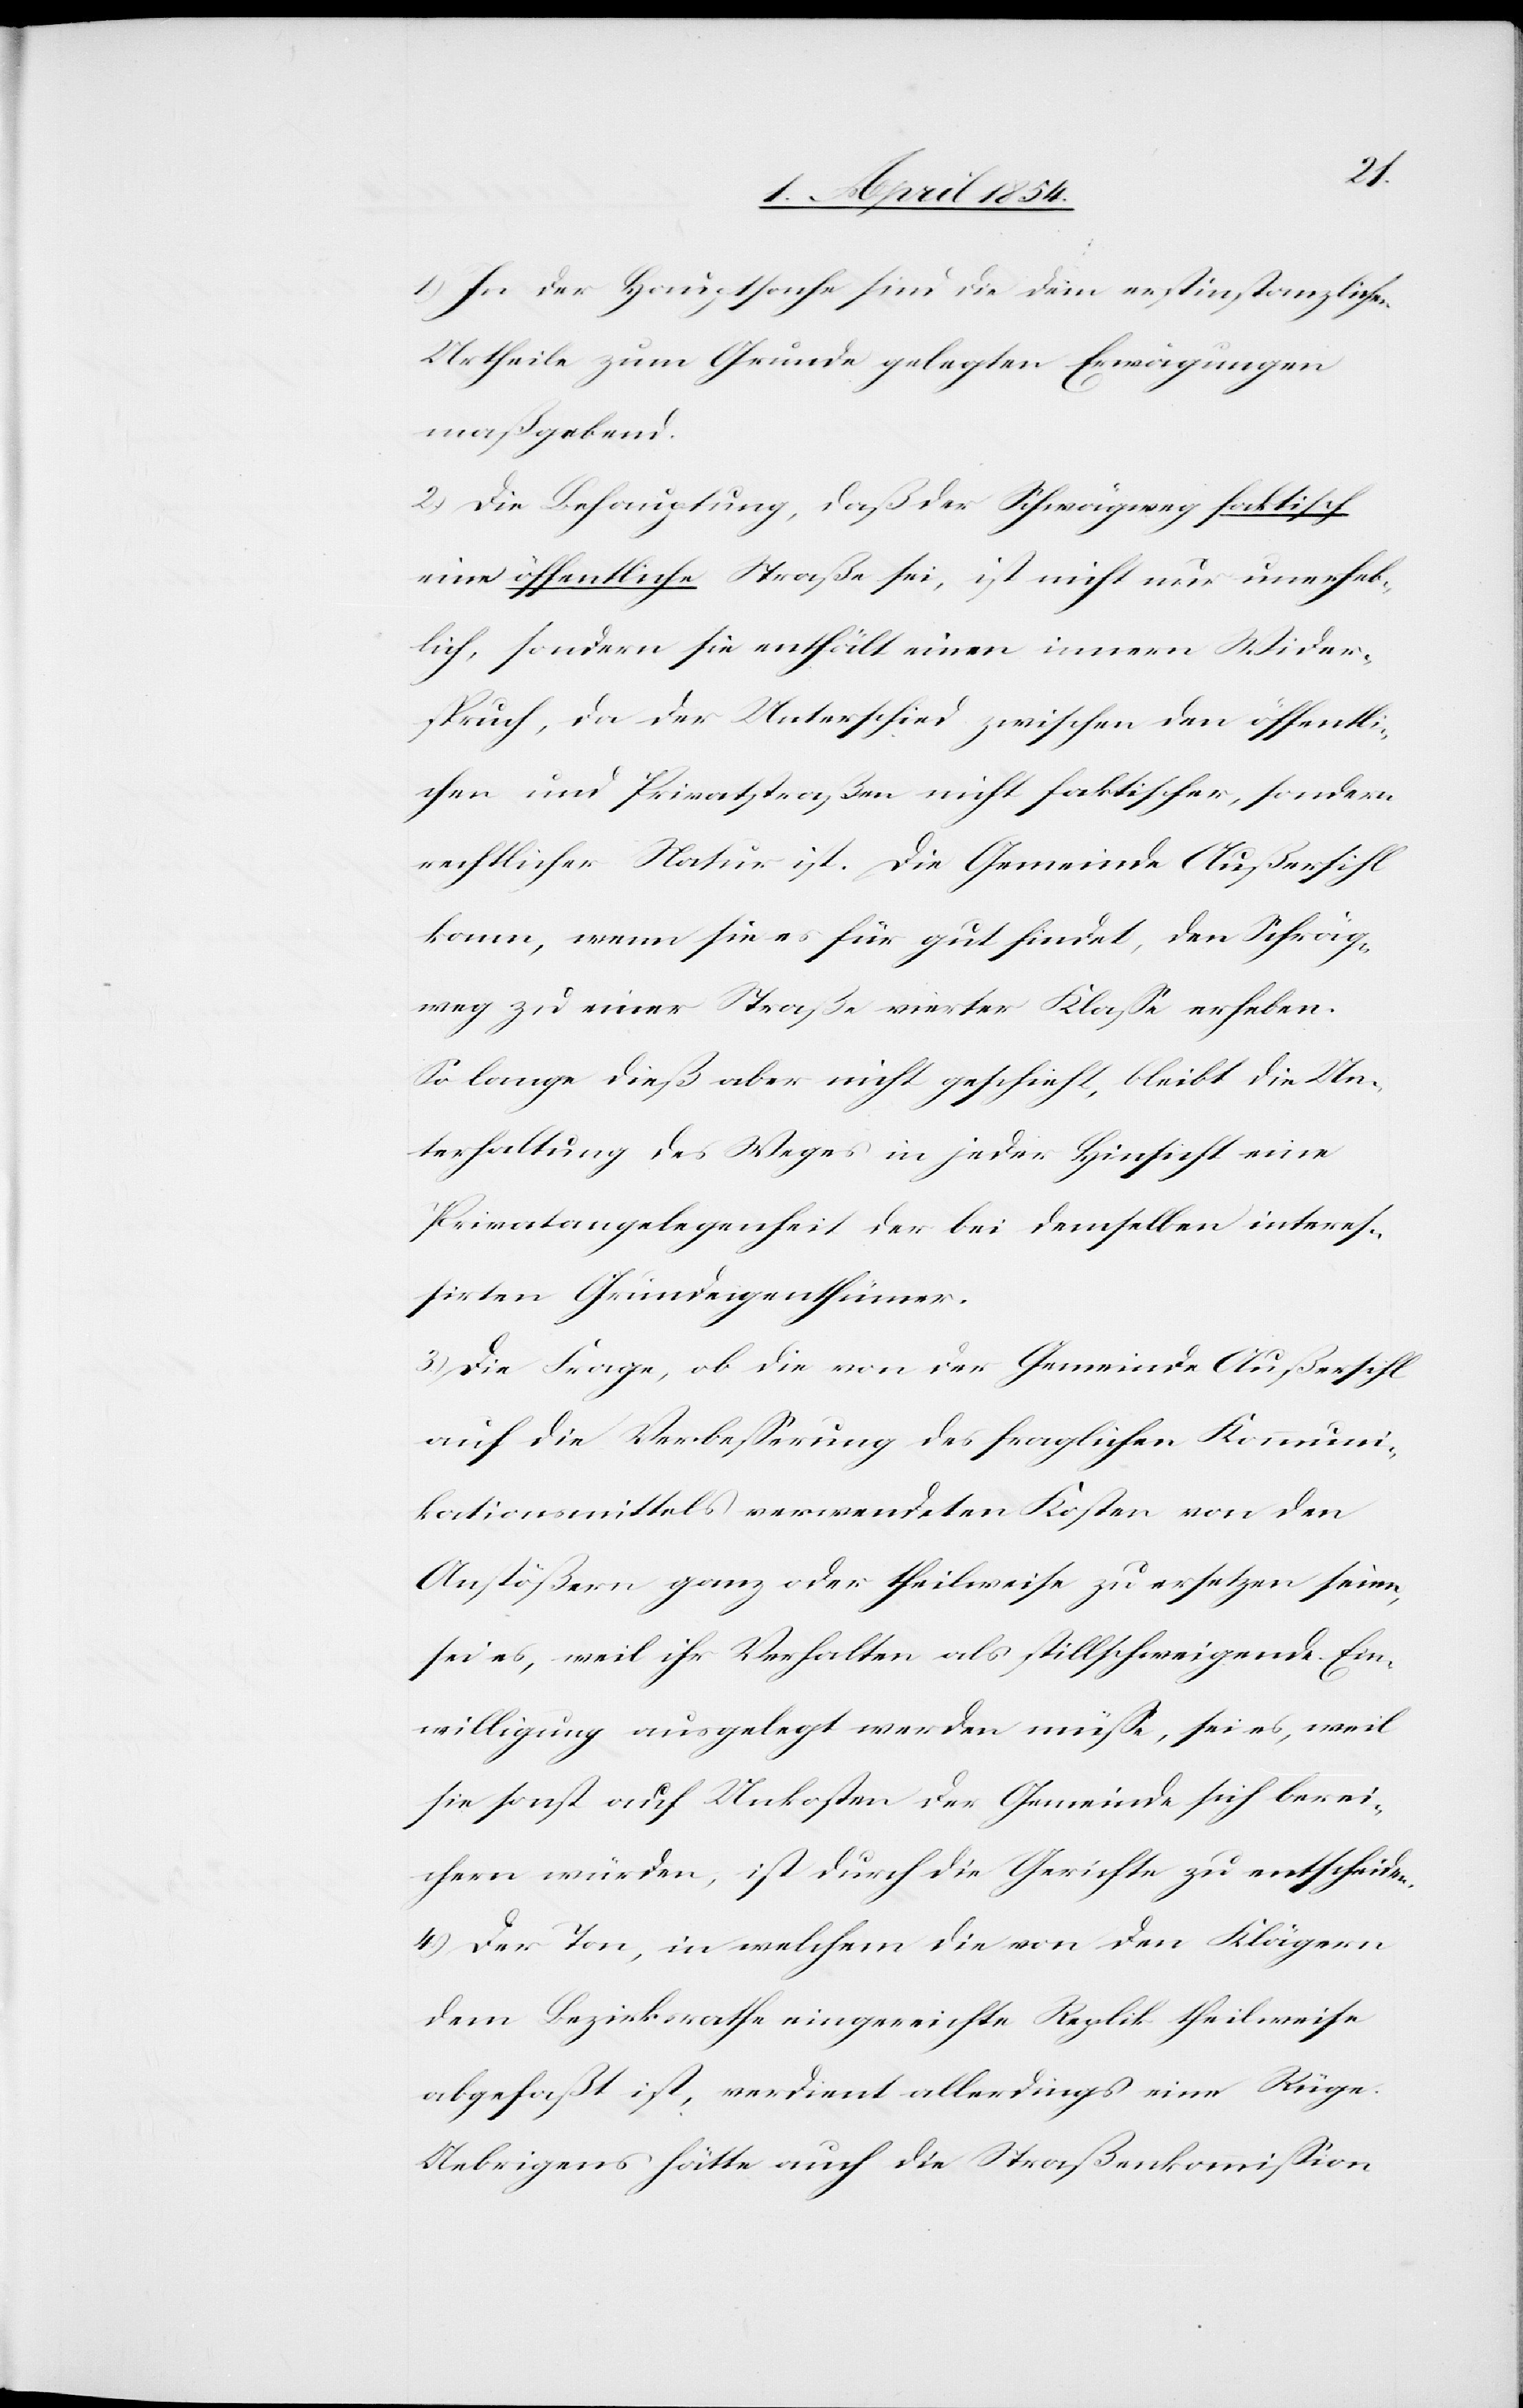
1) In der Hauptsache sind die dem erstinstanzlichen
Urtheile zum Grunde gelegten Erwägungen
maßgebend.
2) Die Behauptung, daß der Schrägweg faktisch
eine öffentliche Straße sei, ist nicht nur unerheb¬
lich, sondern sie enthält einen innern Wider¬
spruch, da der Unterschied zwischen den öffentli¬
chen und Privatstraßen nicht faktischer, sondern
rechtlicher Natur ist. Die Gemeinde Außersihl
kann, wenn sie es für gut findet, den Schräg¬
weg zu einer Straße vierter Klaße erheben.
So lange dieß aber nicht geschieht, bleibt die Un¬
terhaltung des Weges in jeder Hinsicht eine
Privatangelegenheit der bei demselben interes¬
sirten Grundeigenthümer.
3) Die Frage, ob die von der Gemeinde Außersihl
auf die Verbeßerung des fraglichen Kommuni¬
kationsmittels verwendeten Kosten von den
Anstößern ganz oder theilweise zu ersetzen seien,
sei es, weil ihr Verhalten als stillschweigende Ein¬
willigung ausgelegt werden müße, sei es, weil
sie sonst auf Unkosten der Gemeinde sich berei¬
chern würden, ist durch die Gerichte zu entscheiden.
4) Der Ton, in welchem die von den Klägern
dem Bezirksrathe eingereichte Replik theilweise
abgefaßt ist, verdient allerdings eine Rüge.
Uebrigens hätte auch die Straßenkommißion